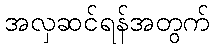
အလှဆင်ရန်အတွက်